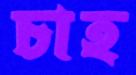
চাহ